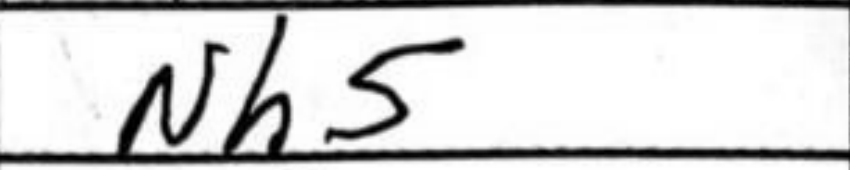
Transcription: Nh5